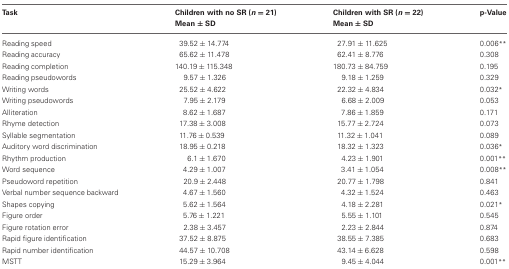
<table><thead><tr><td><b>Task</b></td><td><b>Children with no SR (<i>n</i> = 21)</b></td><td><b>Children with SR (<i>n</i> = 22)</b></td><td><b>p-Value</b></td></tr><tr><td></td><td><b>Mean ± SD</b></td><td><b>Mean ± SD</b></td><td></td></tr></thead><tbody><tr><td>Reading speed</td><td>39.52 ± 14.774</td><td>27.91 ± 11.625</td><td>0.006<sup>**</sup></td></tr><tr><td>Reading accuracy</td><td>65.62 ± 11.478</td><td>62.41 ± 8.776</td><td>0.308</td></tr><tr><td>Reading completion</td><td>140.19 ± 115.348</td><td>180.73 ± 84.759</td><td>0.195</td></tr><tr><td>Reading pseudowords</td><td>9.57 ± 1.326</td><td>9.18 ± 1.259</td><td>0.329</td></tr><tr><td>Writing words</td><td>25.52 ± 4.622</td><td>22.32 ± 4.834</td><td>0.032<sup>*</sup></td></tr><tr><td>Writing pseudowords</td><td>7.95 ± 2.179</td><td>6.68 ± 2.009</td><td>0.053</td></tr><tr><td>Alliteration</td><td>8.62 ± 1.687</td><td>7.86 ± 1.859</td><td>0.171</td></tr><tr><td>Rhyme detection</td><td>17.38 ± 3.008</td><td>15.77 ± 2.724</td><td>0.073</td></tr><tr><td>Syllable segmentation</td><td>11.76 ± 0.539</td><td>11.32 ± 1.041</td><td>0.089</td></tr><tr><td>Auditory word discrimination</td><td>18.95 ± 0.218</td><td>18.32 ± 1.323</td><td>0.036<sup>*</sup></td></tr><tr><td>Rhythm production</td><td>6.1 ± 1.670</td><td>4.23 ± 1.901</td><td>0.001<sup>**</sup></td></tr><tr><td>Word sequence</td><td>4.29 ± 1.007</td><td>3.41 ± 1.054</td><td>0.008<sup>**</sup></td></tr><tr><td>Pseudoword repetition</td><td>20.9 ± 2.448</td><td>20.77 ± 1.798</td><td>0.841</td></tr><tr><td>Verbal number sequence backward</td><td>4.67 ± 1.560</td><td>4.32 ± 1.524</td><td>0.463</td></tr><tr><td>Shapes copying</td><td>5.62 ± 1.564</td><td>4.18 ± 2.281</td><td>0.021<sup>*</sup></td></tr><tr><td>Figure order</td><td>5.76 ± 1.221</td><td>5.55 ± 1.101</td><td>0.545</td></tr><tr><td>Figure rotation error</td><td>2.38 ± 3.457</td><td>2.23 ± 2.844</td><td>0.874</td></tr><tr><td>Rapid figure identification</td><td>37.52 ± 8.875</td><td>38.55 ± 7.385</td><td>0.683</td></tr><tr><td>Rapid number identification</td><td>44.57 ± 10.708</td><td>43.14 ± 6.628</td><td>0.598</td></tr><tr><td>MSTT</td><td>15.29 ± 3.964</td><td>9.45 ± 4.044</td><td>0.001<sup>**</sup></td></tr></tbody></table>